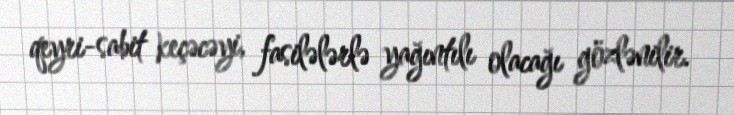
qeyri-sabit keçəcəyi, fasilələrlə yağıntılı olacağı gözlənilir.